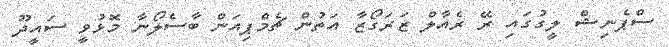
ސްޕެނިޝް ލީގުގައި ރޭ ރެއާލް ޒަރަގޯޒާ އަތުން ޗެމްޕިއަން ބާސެލޯނާ މޮޅުވީ ސައީދޫ